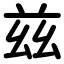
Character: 兹